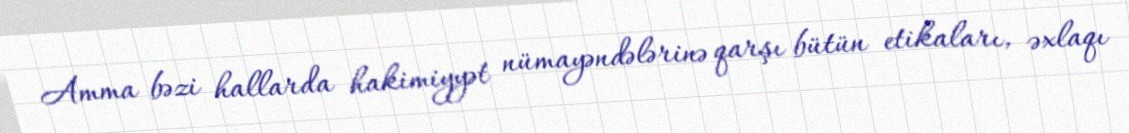
Amma bəzi hallarda hakimiyyət nümayəndələrinə qarşı bütün etikaları, əxlaqı